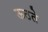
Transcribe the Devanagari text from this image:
ऊठते